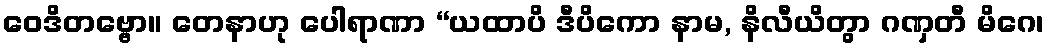
ဝေဒိတဗ္ဗော။ တေနာဟု ပေါရာဏာ “ယထာပိ ဒီပိကော နာမ, နိလီယိတွာ ဂဏှတီ မိဂေ၊